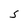
Character: S